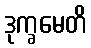
ဒုက္ခမေတိ